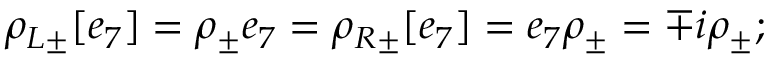
\rho _ { L \pm } [ e _ { 7 } ] = \rho _ { \pm } e _ { 7 } = \rho _ { R \pm } [ e _ { 7 } ] = e _ { 7 } \rho _ { \pm } = \mp i \rho _ { \pm } ;